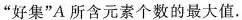
“好集” A 所含元素个数的最大值.